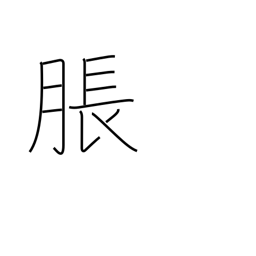
Meaning: bulge